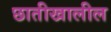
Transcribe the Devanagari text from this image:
छातीखालील